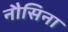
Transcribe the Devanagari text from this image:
नौसिना